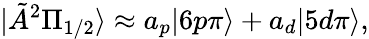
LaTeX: |\tilde{A}^{2}\Pi_{1/2}\rangle\approx a_{p}|6p\pi\rangle+a_{d}|5d\pi\rangle,